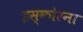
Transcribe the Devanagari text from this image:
इस्कोरना